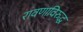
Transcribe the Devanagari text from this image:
रावणाविरुद्ध